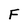
Character: F